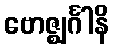
ဗောဇ္ဈင်္ဂါနိ